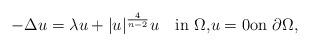
LaTeX: \begin{align*}-\Delta u=\lambda u+|u|^{\frac{4}{n-2}}u\quad\textrm{in $\Omega$,}u=0\textrm{on $\partial\Omega$,}\end{align*}